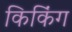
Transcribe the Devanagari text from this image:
किकिंग